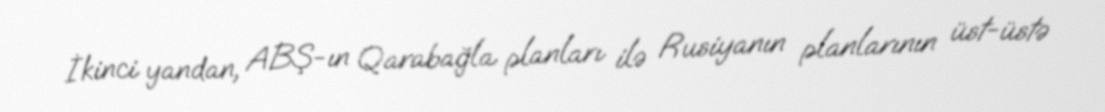
İkinci yandan, ABŞ-ın Qarabağla planları ilə Rusiyanın planlarının üst-üstə